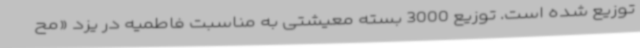
توزیع شده است. توزیع 3000 بسته معیشتی به مناسبت فاطمیه در یزد «مح